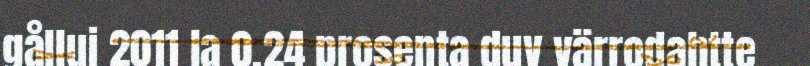
gålluj 2011 la 0,24 prosenta duv värrodahtte